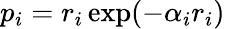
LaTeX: p_{i}=r_{i}\exp(-\alpha_{i}r_{i})